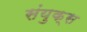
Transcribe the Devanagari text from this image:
संयुक्स